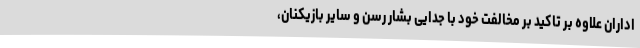
اداران علاوه بر تاکید بر مخالفت خود با جدایی بشار رسن و سایر بازیکنان،